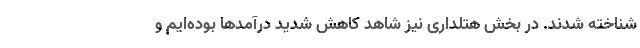
شناخته شدند. در بخش هتلداری نیز شاهد کاهش شدید درآمد‌ها بوده‌ایم و